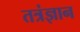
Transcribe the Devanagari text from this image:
तत्रंज्ञान